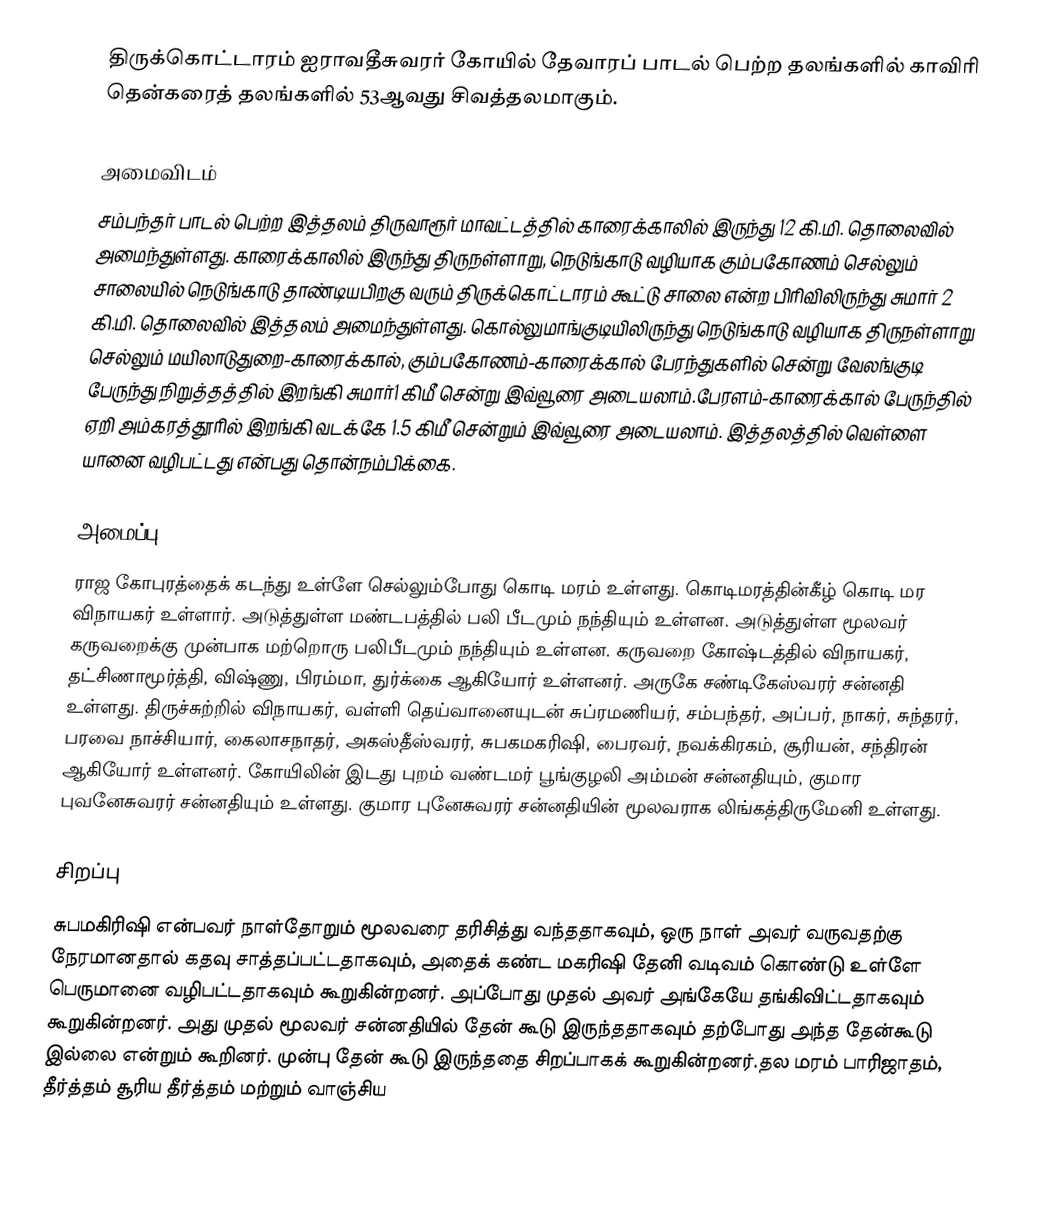
திருக்கொட்டாரம் ஐராவதீசுவரர் கோயில் தேவாரப் பாடல் பெற்ற தலங்களில் காவிரி தென்கரைத் தலங்களில் 53ஆவது சிவத்தலமாகும்.

அமைவிடம்
சம்பந்தர் பாடல் பெற்ற இத்தலம்  திருவாரூர் மாவட்டத்தில்  காரைக்காலில் இருந்து 12 கி.மி. தொலைவில் அமைந்துள்ளது. காரைக்காலில் இருந்து திருநள்ளாறு, நெடுங்காடு வழியாக கும்பகோணம் செல்லும் சாலையில் நெடுங்காடு தாண்டியபிறகு வரும் திருக்கொட்டாரம் கூட்டு சாலை என்ற பிரிவிலிருந்து சுமார் 2 கி.மி. தொலைவில் இத்தலம்  அமைந்துள்ளது. கொல்லுமாங்குடியிலிருந்து நெடுங்காடு வழியாக திருநள்ளாறு செல்லும் மயிலாடுதுறை-காரைக்கால், கும்பகோணம்-காரைக்கால் பேரந்துகளில் சென்று வேலங்குடி பேருந்து நிறுத்தத்தில் இறங்கி சுமார்1 கிமீ சென்று இவ்வூரை அடையலாம்.பேரளம்-காரைக்கால் பேருந்தில் ஏறி அம்கரத்தூரில் இறங்கி வடக்கே 1.5 கிமீ சென்றும் இவ்வூரை அடையலாம். இத்தலத்தில் வெள்ளை யானை வழிபட்டது என்பது தொன்நம்பிக்கை.

அமைப்பு
ராஜ கோபுரத்தைக் கடந்து உள்ளே செல்லும்போது கொடி மரம் உள்ளது. கொடிமரத்தின்கீழ் கொடி மர விநாயகர் உள்ளார். அடுத்துள்ள மண்டபத்தில் பலி பீடமும் நந்தியும் உள்ளன. அடுத்துள்ள மூலவர் கருவறைக்கு முன்பாக மற்றொரு பலிபீடமும் நந்தியும் உள்ளன.  கருவறை கோஷ்டத்தில் விநாயகர், தட்சிணாமூர்த்தி, விஷ்ணு, பிரம்மா, துர்க்கை ஆகியோர் உள்ளனர். அருகே சண்டிகேஸ்வரர் சன்னதி உள்ளது. திருச்சுற்றில் விநாயகர், வள்ளி தெய்வானையுடன் சுப்ரமணியர், சம்பந்தர், அப்பர், நாகர், சுந்தரர், பரவை நாச்சியார், கைலாசநாதர், அகஸ்தீஸ்வரர், சுபகமகரிஷி,  பைரவர், நவக்கிரகம், சூரியன், சந்திரன் ஆகியோர் உள்ளனர். கோயிலின் இடது புறம் வண்டமர் பூங்குழலி அம்மன் சன்னதியும், குமார புவனேசுவரர் சன்னதியும் உள்ளது. குமார புனேசுவரர் சன்னதியின் மூலவராக லிங்கத்திருமேனி உள்ளது.

சிறப்பு
சுபமகிரிஷி என்பவர் நாள்தோறும் மூலவரை தரிசித்து வந்ததாகவும், ஒரு நாள் அவர் வருவதற்கு நேரமானதால் கதவு சாத்தப்பட்டதாகவும், அதைக் கண்ட மகரிஷி தேனி வடிவம் கொண்டு உள்ளே பெருமானை வழிபட்டதாகவும் கூறுகின்றனர்.  அப்போது முதல் அவர் அங்கேயே தங்கிவிட்டதாகவும் கூறுகின்றனர். அது முதல் மூலவர் சன்னதியில் தேன் கூடு இருந்ததாகவும் தற்போது அந்த தேன்கூடு இல்லை என்றும் கூறினர். முன்பு தேன் கூடு இருந்ததை சிறப்பாகக் கூறுகின்றனர்.தல மரம் பாரிஜாதம், தீர்த்தம் சூரிய தீர்த்தம் மற்றும் வாஞ்சிய